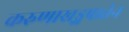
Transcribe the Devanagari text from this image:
करुणाखड्गपातेन